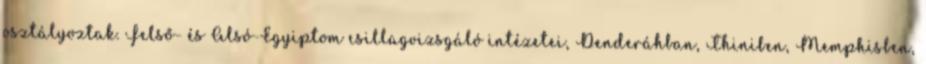
osztályoztak. Felső- és Alsó-Egyiptom csillagvizsgáló intézetei, Denderáhban, Thiniben, Memphisben,